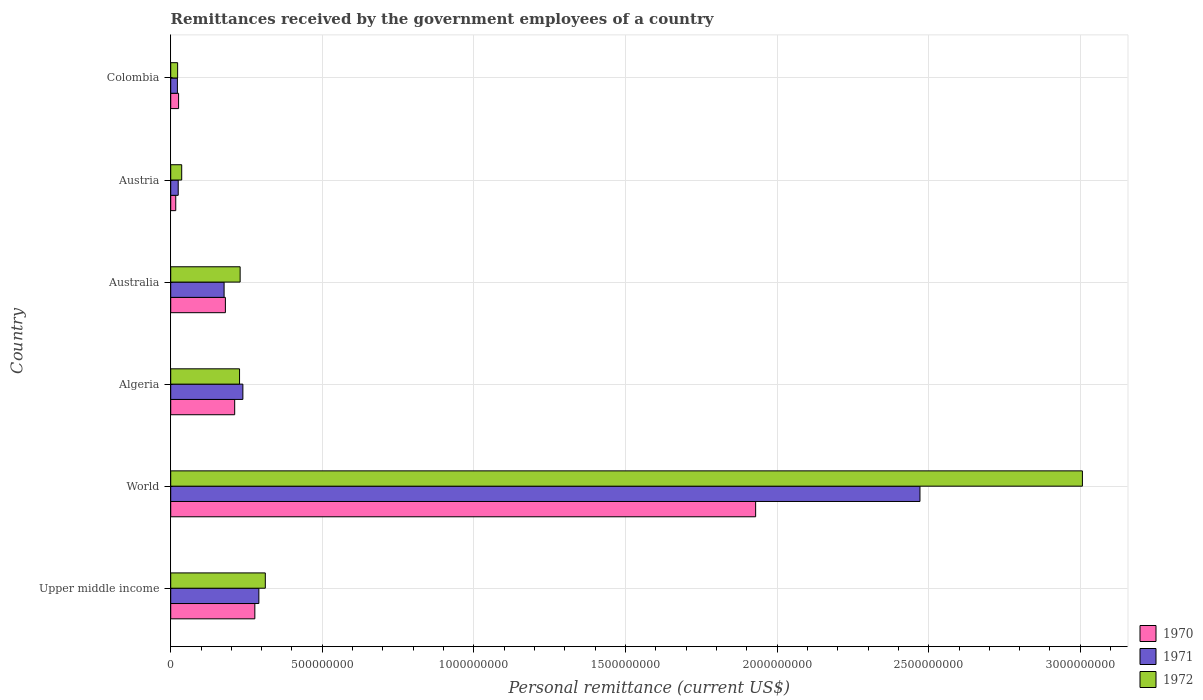
| Country | 1970 | 1971 | 1972 |
 | --- | --- | --- | --- |
 | Upper middle income | 2.77e+08 | 2.91e+08 | 3.12e+08 |
 | World | 1.93e+09 | 2.47e+09 | 3.01e+09 |
 | Algeria | 2.11e+08 | 2.38e+08 | 2.27e+08 |
 | Australia | 1.8e+08 | 1.76e+08 | 2.29e+08 |
 | Austria | 1.66e+07 | 2.48e+07 | 3.62e+07 |
 | Colombia | 2.6e+07 | 2.21e+07 | 2.28e+07 |